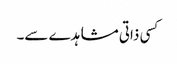
کسی ذاتی مشاہدے سے۔